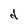
Character: d